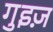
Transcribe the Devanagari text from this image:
गुइज़